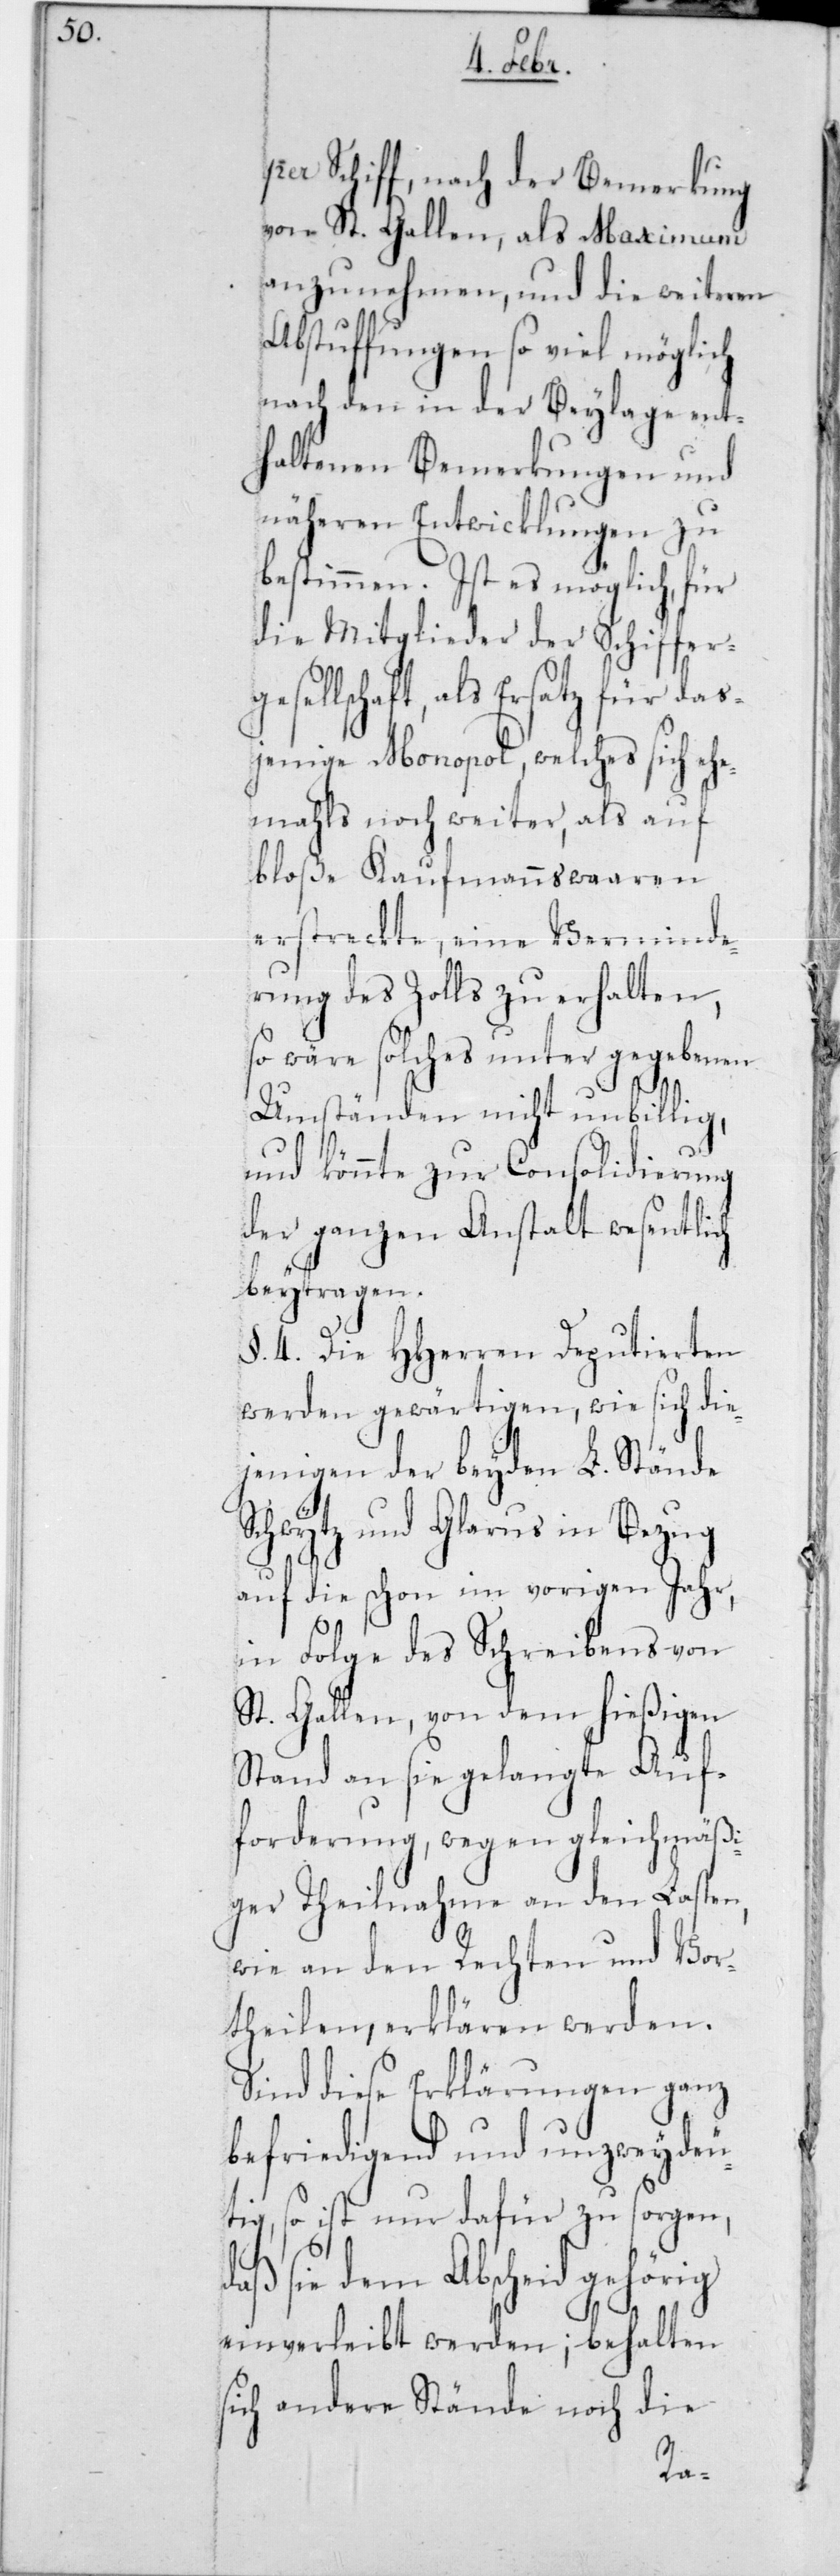
per Schiff, nach der Bemerkung
von St. Gallen, als Maximum
anzunehmen, und die weiteren
Abstuffungen so viel möglich
nach den in der Beylage ent¬
haltenen Bemerkungen und
näheren Entwicklungen zu
bestimmen. Ist es möglich, für
die Mitglieder der Schiffer¬
gesellschaft, als Ersatz für das¬
jenige Monopol, welches sich ehe¬
mahls noch weiter, als auf
bloße Kaufmannswaaren
erstreckte, eine Verminde¬
rung des Zolls zu erhalten,
so wäre solches unter gegebenen
Umständen nicht unbillig,
und könnte zur Consolidierung
der ganzen Anstalt wesentlich
beytragen.
§. 4. Die HHerren Deputierten
werden gewärtigen, wie sich die¬
jenigen der beyden L. Stände
Schwytz und Glarus in Bezug
auf die schon im vorigen Jahr,
in Folge des Schreibens von
St. Gallen, von dem hießigen
Stand an sie gelangte Auf¬
forderung, wegen gleichmäßi¬
ger Theilnahme an den Lasten,
wie an den Rechten und Vor¬
theilen, erklären werden.
Sind diese Erklärungen ganz
befriedigend und unzweydeu¬
tig, so ist nur dafür zu sorgen,
daß sie dem Abscheid gehörig
einverleibt werden; behalten
sich andere Stände noch die